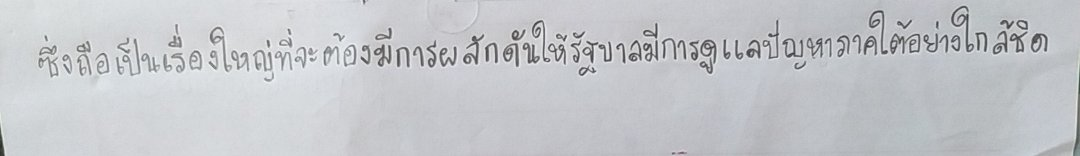
ซึ่งถือเป็นเรื่องใหญ่ที่จะต้องมีการผลักดันให้รัฐบาลมีการดูแลปัญหาภาคใต้อย่างใกล้ชิด